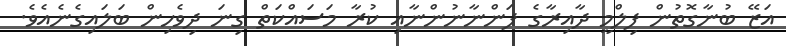
އަޒޭ ބުނާގޮތުން ފިލްމީ ދާއިރާގެ ފަންނާނުންނާއި ކުރާ މަސައްކަތް ގިނަ ދިވެހިން ބަލައިގެނެއެވެ.